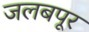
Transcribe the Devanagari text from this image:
जलबपूर